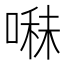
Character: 𭉬